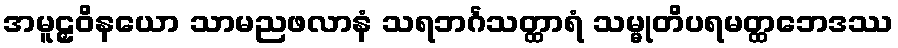
အမူဠှဝိနယော သာမညဖလာနံ သရဘင်္ဂသတ္ထာရံ သမ္မုတိပရမတ္ထဘေဒဿ